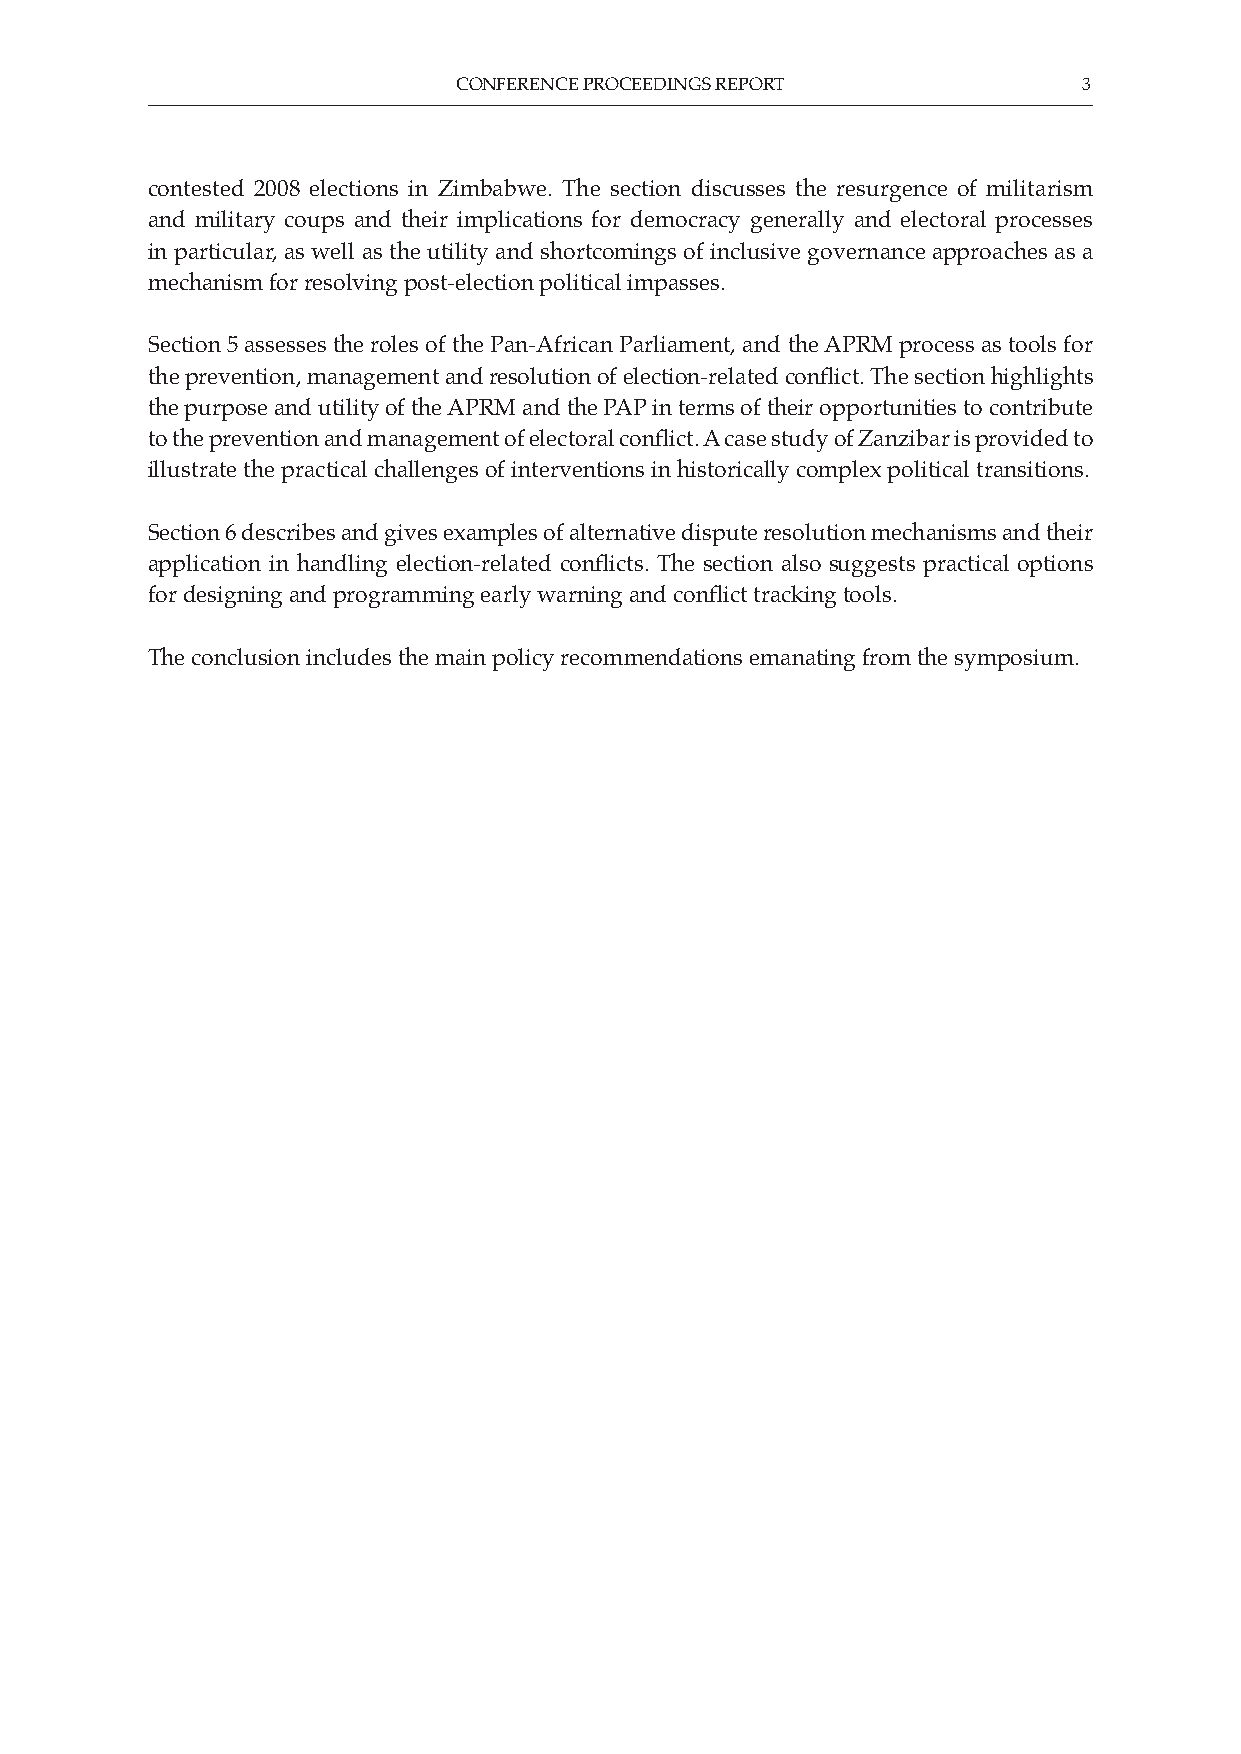
CONFERENCE PROCEEDINGS REPORT             3
 contested 2008 elections in Zimbabwe. The section discusses the resurgence of militarism
 and military coups and their implications for democracy generally and electoral processes
 in particular, as well as the utility and shortcomings of inclusive governance approaches as a
 mechanism for resolving post-election political impasses.
 Section 5 assesses the roles of the Pan-African Parliament, and the APRM process as tools for
 the prevention, management and resolution of election-related conflict. The section highlights
 the purpose and utility of the APRM and the PAP in terms of their opportunities to contribute
 to the prevention and management of electoral conflict. A case study of Zanzibar is provided to
 illustrate the practical challenges of interventions in historically complex political transitions.
 Section 6 describes and gives examples of alternative dispute resolution mechanisms and their
 application in handling election-related conflicts. The section also suggests practical options
 for designing and programming early warning and conflict tracking tools.
 The conclusion includes the main policy recommendations emanating from the symposium.